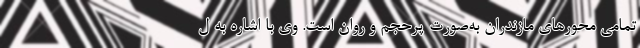
تمامی محورهای مازندران به‌صورت پرحجم و روان است. وی با اشاره به ل